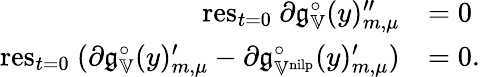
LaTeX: \begin{array}{rl}{\mathrm{res}_{t=0}\ \partial\mathfrak{g}_{\mathbb{V}}^{\circ}(y)_{m,\mu}^{\prime\prime}}&{=0}\\ {\mathrm{res}_{t=0}\ (\partial\mathfrak{g}_{\mathbb{V}}^{\circ}(y)_{m,\mu}^{\prime}-\partial\mathfrak{g}_{\mathbb{V}^{\mathrm{nilp}}}^{\circ}(y)_{m,\mu}^{\prime})}&{=0.}\end{array}